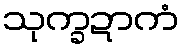
သုက္ခဍာကံ